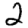
Digit: 2